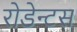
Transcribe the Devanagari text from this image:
रोडेन्टस